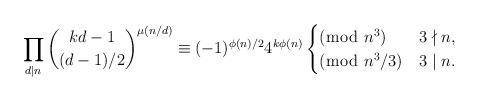
LaTeX: \begin{align*}\prod_{d\mid n}\binom{kd-1}{(d-1)/2}^{\mu(n/d)}\equiv (-1)^{\phi(n)/2}4^{k\phi(n)}\begin{cases}(\bmod{\ n^3}) & 3\nmid n,\\(\bmod{\ n^3/3}) & 3\mid n.\end{cases}\end{align*}